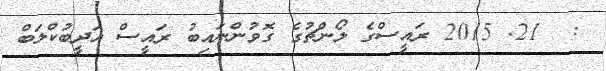
:  21